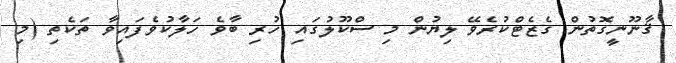
ޤާނޫނީގޮތުން ގެޒެޓްކުރެވޭ ލިޔުން މި ސްކޫލުގައި ހުރި ބާވެ ހަލާކުވެފައިވާ ތަކެތި (މި